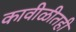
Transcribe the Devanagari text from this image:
कावीळीतही